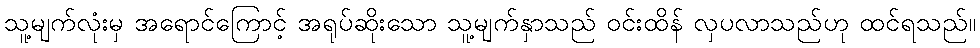
သူ့မျက်လုံးမှ အရောင်ကြောင့် အရုပ်ဆိုးသော သူ့မျက်နှာသည် ဝင်းထိန် လှပလာသည်ဟု ထင်ရသည်။